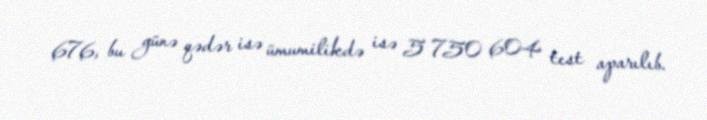
676, bu günə qədər isə ümumilikdə isə 5 750 604 test aparılıb.